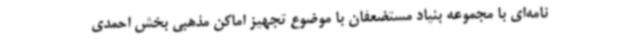
نامه‌ای با مجموعه بنیاد مستضعفان با موضوع تجهیز اماکن مذهبی بخش احمدی